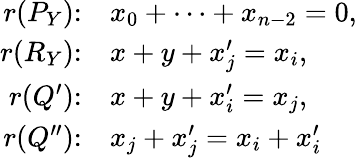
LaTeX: \begin{array}{rl}{r(P_{Y})\colon}&{x_{0}+\cdots+x_{n-2}=0,}\\ {r(R_{Y})\colon}&{x+y+x_{j}^{\prime}=x_{i},}\\ {r(Q^{\prime})\colon}&{x+y+x_{i}^{\prime}=x_{j},}\\ {r(Q^{\prime\prime})\colon}&{x_{j}+x_{j}^{\prime}=x_{i}+x_{i}^{\prime}}\end{array}